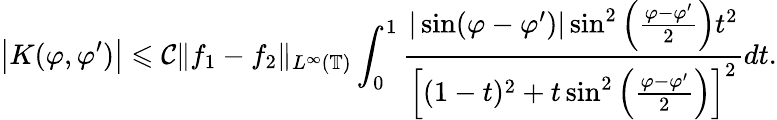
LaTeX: \big|K(\varphi,\varphi^{\prime})\big|\leqslant\mathcal{C}\| f_{1}-f_{2}\| _{L^{\infty}(\mathbb{{T}})}\int_{0}^{1}\frac{{|\sin(\varphi-\varphi^{\prime})|\sin^{2}\left(\frac{{\varphi-\varphi^{\prime}}}{{2}}\right)t^{2}}}{{\Big[(1-t)^{2}+t\sin^{2}\left(\frac{{\varphi-\varphi^{\prime}}}{{2}}\right)\Big]^{2}}}dt.